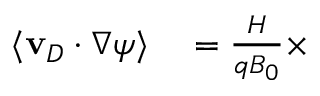
\begin{array} { r l } { \langle \mathbf { v } _ { D } \cdot \nabla \psi \rangle } & { { } = \frac { H } { q B _ { 0 } } \times } \end{array}